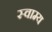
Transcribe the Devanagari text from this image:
स्वाम्य